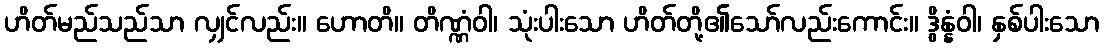
ဟိတ်မည်သည်သာ လျှင်လည်း။ ဟောတိ။ တိဏ္ဏံဝါ၊ သုံးပါးသော ဟိတ်တို့၏သော်လည်းကောင်း။ ဒွိန္နံဝါ၊ နှစ်ပါးသော